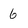
Character: 6